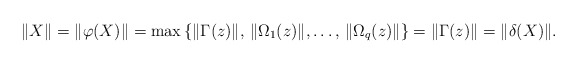
\begin{align*}\|X\|=\|\varphi(X)\|=\max\left\{\|\Gamma(z)\|,\,\|\Omega_1(z)\|,\dots,\,\|\Omega_q(z)\|\right\}=\|\Gamma(z)\|=\|\delta(X)\|.\end{align*}